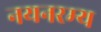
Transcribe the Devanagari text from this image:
नयनरम्‍य